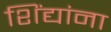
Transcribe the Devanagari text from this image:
शिंद्यांना